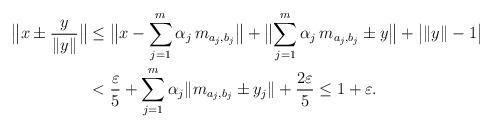
LaTeX: \begin{align*}\bigl\|x\pm\frac{y}{\|y\|}\bigr\|&\leq \bigl\|x-\sum_{j=1}^m\alpha_j\, m_{a_j,b_j}\bigr\|+\bigl\|\sum_{j=1}^m\alpha_j\, m_{a_j,b_j}\pm y\bigr\|+\bigl|\|y\|-1 \bigr|\\&< \frac{\varepsilon}{5}+\sum_{j=1}^m\alpha_j \|m_{a_j,b_j}\pm y_j\|+\frac{2\varepsilon}{5}\leq 1+\varepsilon.\end{align*}